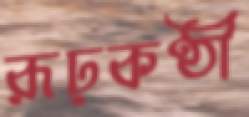
রূঢ়কণ্ঠী